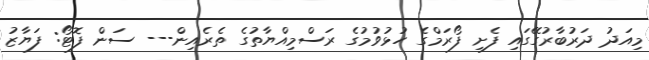
މިއަދު ދަރުބާރުގޭގައި ފެށި ފޯރަމްގެ ހުޅުވުމުގެ ރަސްމިއްޔާތުގެ ތެރެއިން--- ސަން ފޮޓޯ: ފަޔާޒު